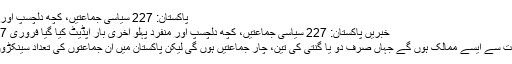
پاکستان: 227 سیاسی جماعتیں، کچھ دلچسپ اور منفرد پہلو
خبریں پاکستان: 227 سیاسی جماعتیں، کچھ دلچسپ اور منفرد پہلو آخری بار اپڈیٹ کیا گیا فروری 07, 2013
دنیا میں بہت سے ایسے ممالک ہوں گے جہاں صرف دو یا گنتی کی تین، چار جماعتیں ہوں گی لیکن پاکستان میں ان جماعتوں کی تعداد سینکڑوں میں ہے۔